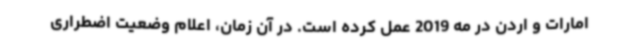
امارات و اردن در مه 2019 عمل کرده است. در آن زمان، اعلام وضعیت اضطراری